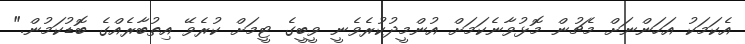
އެކަމަކު އަހަންނަށް މެޗުން މޮޅުވާނެކަމަށް އުންމީދުކުރެވެނީ ވީބީގެ ޓީމަށް ކުރެވޭ އިތުބާރެއްގެ ބޮޑުކަމުން."